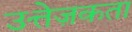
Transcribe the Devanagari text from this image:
उत्तेज़कता